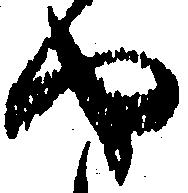
や